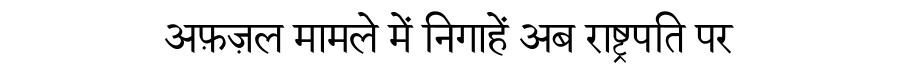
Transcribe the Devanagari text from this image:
अफ़ज़ल मामले में निगाहें अब राष्ट्रपति पर